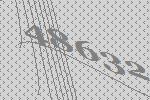
48632